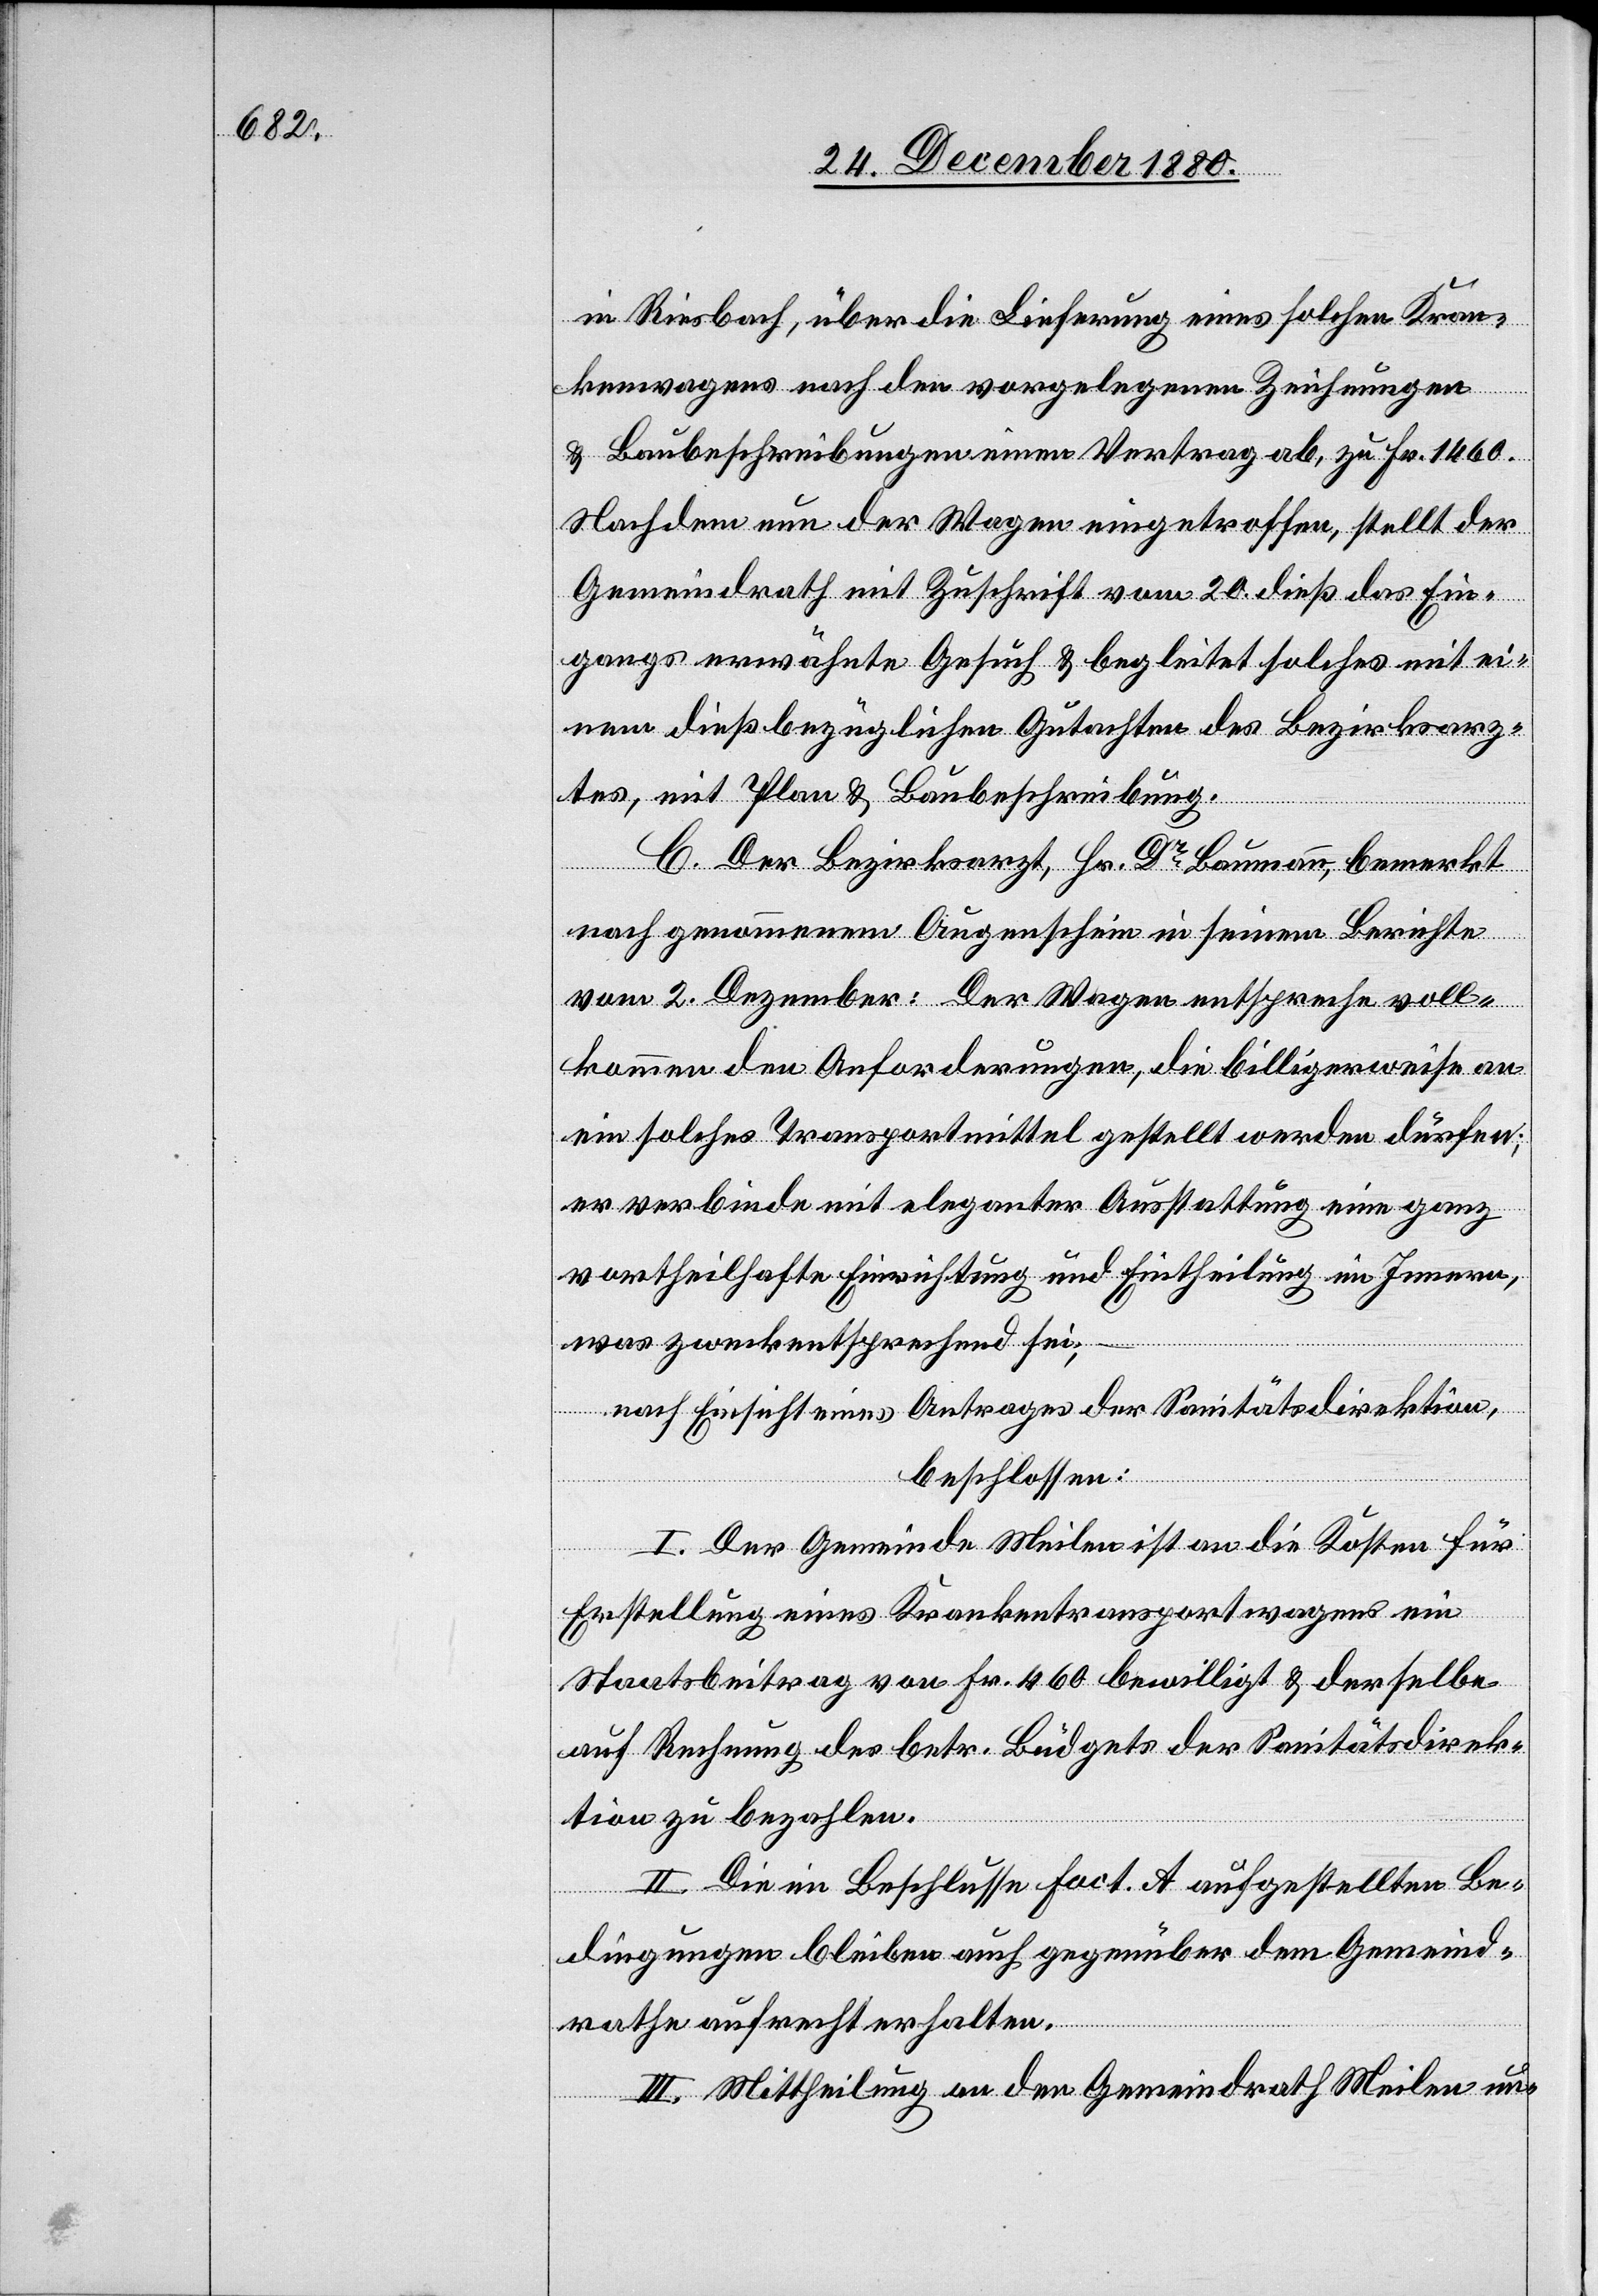
in
Riesbach, über die Lieferung eines solchen Kran¬
kenwagens nach den vorgelegenen Zeichnungen
& Baubeschreibungen einen Vertrag ab, zu Fr. 1460.
Nachdem nun der Wagen eingetroffen, stellt der
Gemeindrath mit Zuschrift vom 20. dieß das Ein¬
gangs erwähnte Gesuch & begleitet solches mit ei¬
nem dießbezüglichen Gutachten des Bezirksarz¬
tes, mit Plan & Baubeschreibung.
C. Der Bezirksarzt, Hr. Dr Baumann, bemerkt
nach gewonnenem Augenschein in seinem Berichte
vom 2. Dezember: Der Wagen entspreche voll¬
kommen den Anforderungen, die billigerweise an
ein solches Transportmittel gestellt werden dürfen;
er verbinde mit eleganter Ausstattung eine ganz
vortheilhafte Einrichtung und Eintheilung im Innern,
was zweckentsprechend sei;
nach Einsicht eines Antrages der Sanitätsdirektion,
beschlossen:
I. Der Gemeinde Meilen ist an die Kosten für
Erstellung eines Krankentransportwagens ein
Staatsbeitrag von Fr. 460 bewilligt & derselbe
auf Rechnung des betr. Büdgets der Sanitätsdirek¬
tion zu bezahlen.
II. Die im Beschlusse Fact. A aufgestellten Be¬
dingungen bleiben auch gegenüber dem Gemeind¬
rathe aufrecht erhalten.
III. Mittheilung an den Gemeindrath Meilen un-